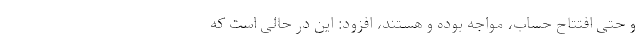
و حتی افتتاح حساب، مواجه بوده و هستند، افزود: این در حالی است که